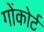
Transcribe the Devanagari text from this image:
गोंकोर्ट